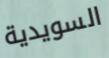
السويدية